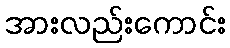
အားလည်းကောင်း